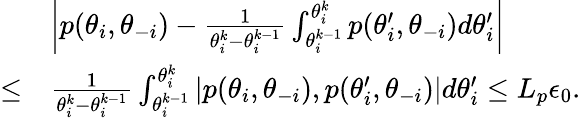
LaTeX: \begin{array}{rl}&{\left|p(\theta_{i},\theta_{-i})-\frac{1}{\theta_{i}^{k}-\theta_{i}^{k-1}}\int_{\theta_{i}^{k-1}}^{\theta_{i}^{k}}p(\theta_{i}^{\prime},\theta_{-i})d\theta_{i}^{\prime}\right|}\\ {\leq}&{\frac{1}{\theta_{i}^{k}-\theta_{i}^{k-1}}\int_{\theta_{i}^{k-1}}^{\theta_{i}^{k}}|p(\theta_{i},\theta_{-i}),p(\theta_{i}^{\prime},\theta_{-i})|d\theta_{i}^{\prime}\leq L_{p}\epsilon_{0}.}\end{array}